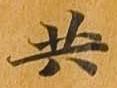
共